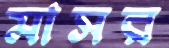
মাসর